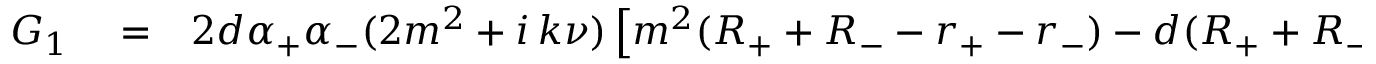
\begin{array} { r l r } { G _ { 1 } } & { { } = } & { 2 d \alpha _ { + } \alpha _ { - } ( 2 m ^ { 2 } + i \, k \nu ) \left[ m ^ { 2 } ( R _ { + } + R _ { - } - r _ { + } - r _ { - } ) - d ( R _ { + } + R _ { - } + r _ { + } + r _ { - } ) \right] } \end{array}